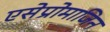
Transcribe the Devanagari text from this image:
एसेप्रोमाजिन